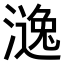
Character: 𣾹